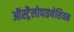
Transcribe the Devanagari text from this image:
ऑस्ट्रैलोपाइथेशियन